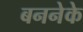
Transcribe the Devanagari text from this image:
बननेके